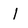
Character: l